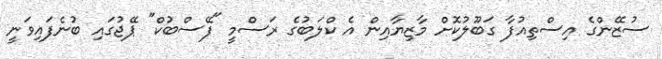
ސުޒޭންގެ އިސްތިއުފާ ގަބޫލުކޮށް މާޒިޔާއިން އެ ކްލަބުގެ ރަސްމީ "ފޭސްބުކް" ޕޭޖުގައި ބުނެފައިވަނީ